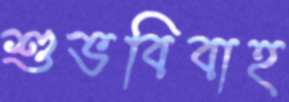
শুভবিবাহ